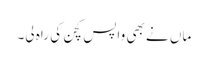
ماں نے بھی واپس کچن کی راہ لی۔